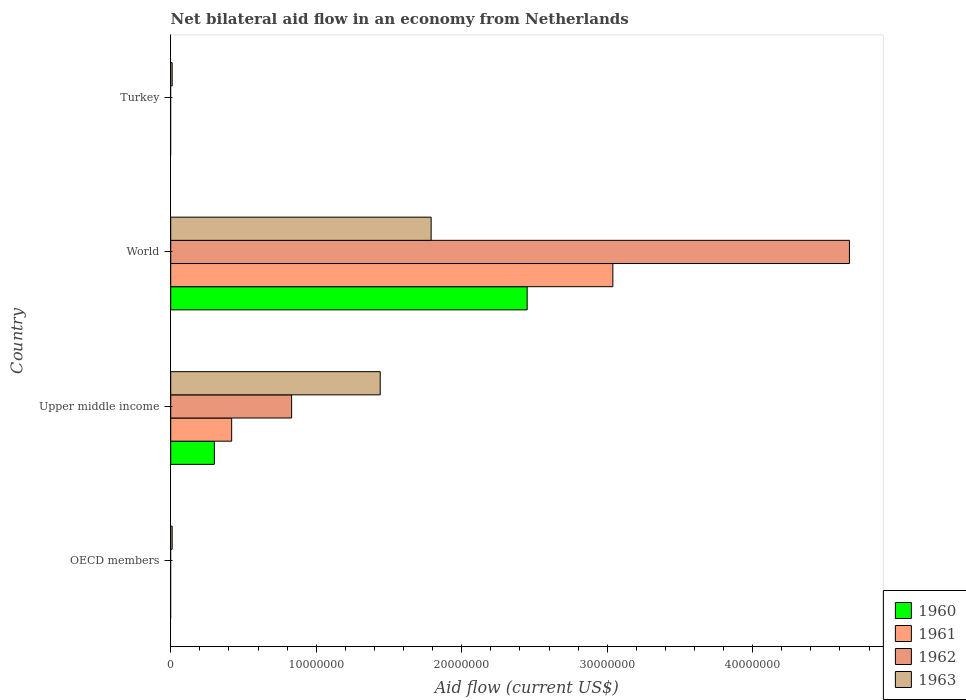
| Country | 1960 | 1961 | 1962 | 1963 |
 | --- | --- | --- | --- | --- |
 | OECD members | -4e+05 | -6.1e+05 | -6.1e+05 | 1e+05 |
 | Upper middle income | 3e+06 | 4.19e+06 | 8.31e+06 | 1.44e+07 |
 | World | 2.45e+07 | 3.04e+07 | 4.66e+07 | 1.79e+07 |
 | Turkey | -6e+05 | -6.1e+05 | -6.1e+05 | 1e+05 |